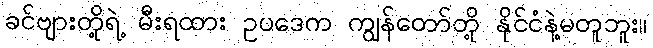
ခင်ဗျားတို့ရဲ့ မီးရထား ဥပဒေက ကျွန်တော်တို့ နိုင်ငံနဲ့မတူဘူး။